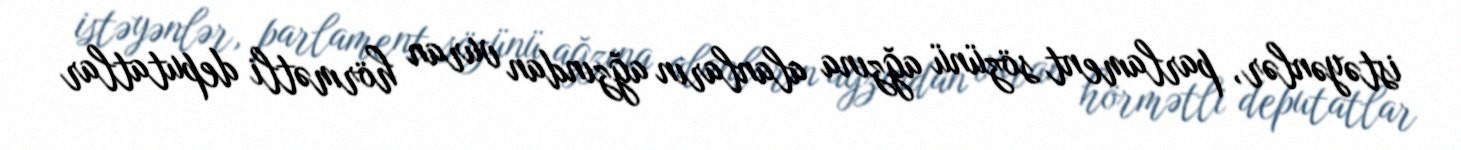
istəyənlər, parlament sözünü ağzına alanların ağzından vuran hörmətli deputatlar